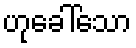
ဟုခေါ်သော